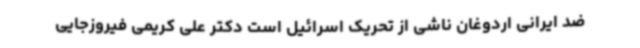
ضد ایرانی اردوغان ناشی از تحریک اسرائیل است دکتر علی کریمی فیروزجایی